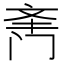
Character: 𲈿